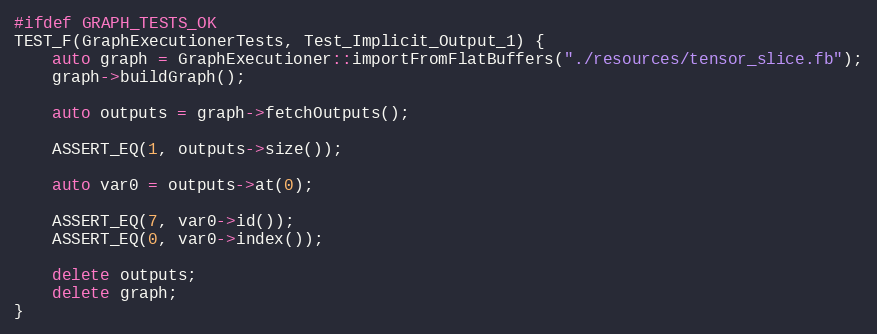
Language: C++
#ifdef GRAPH_TESTS_OK
TEST_F(GraphExecutionerTests, Test_Implicit_Output_1) {
    auto graph = GraphExecutioner::importFromFlatBuffers("./resources/tensor_slice.fb");
    graph->buildGraph();

    auto outputs = graph->fetchOutputs();

    ASSERT_EQ(1, outputs->size());

    auto var0 = outputs->at(0);

    ASSERT_EQ(7, var0->id());
    ASSERT_EQ(0, var0->index());

    delete outputs;
    delete graph;
}